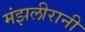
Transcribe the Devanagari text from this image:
मंझलीरानी